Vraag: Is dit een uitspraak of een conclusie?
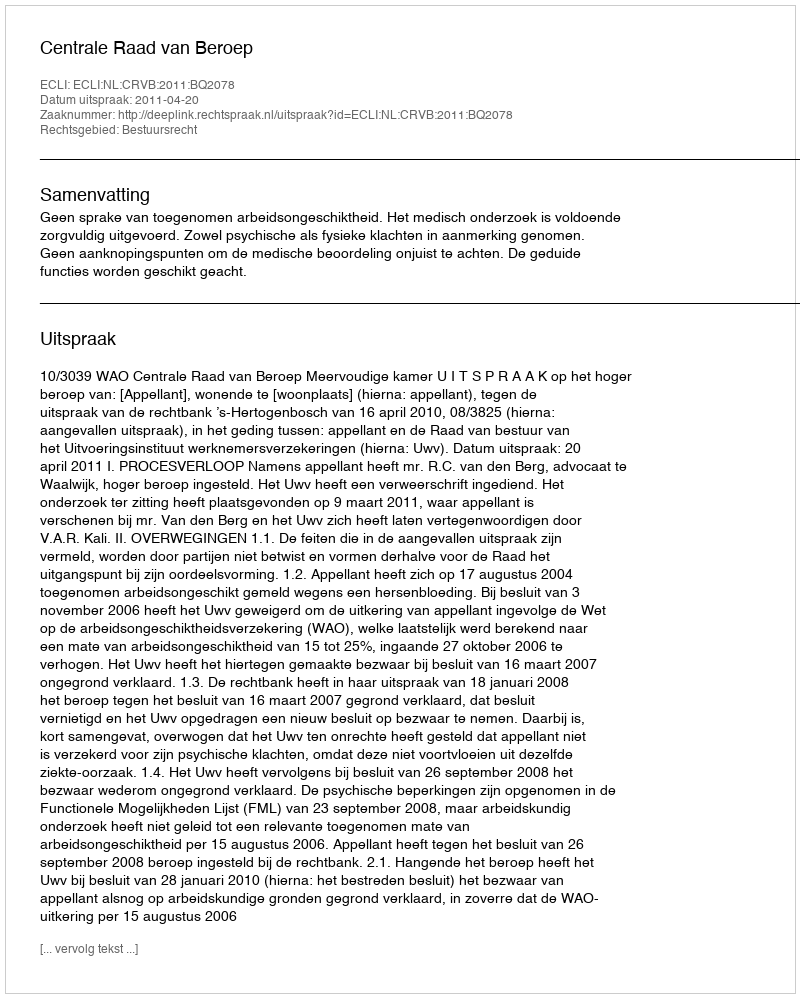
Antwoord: Uitspraak